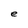
Character: e